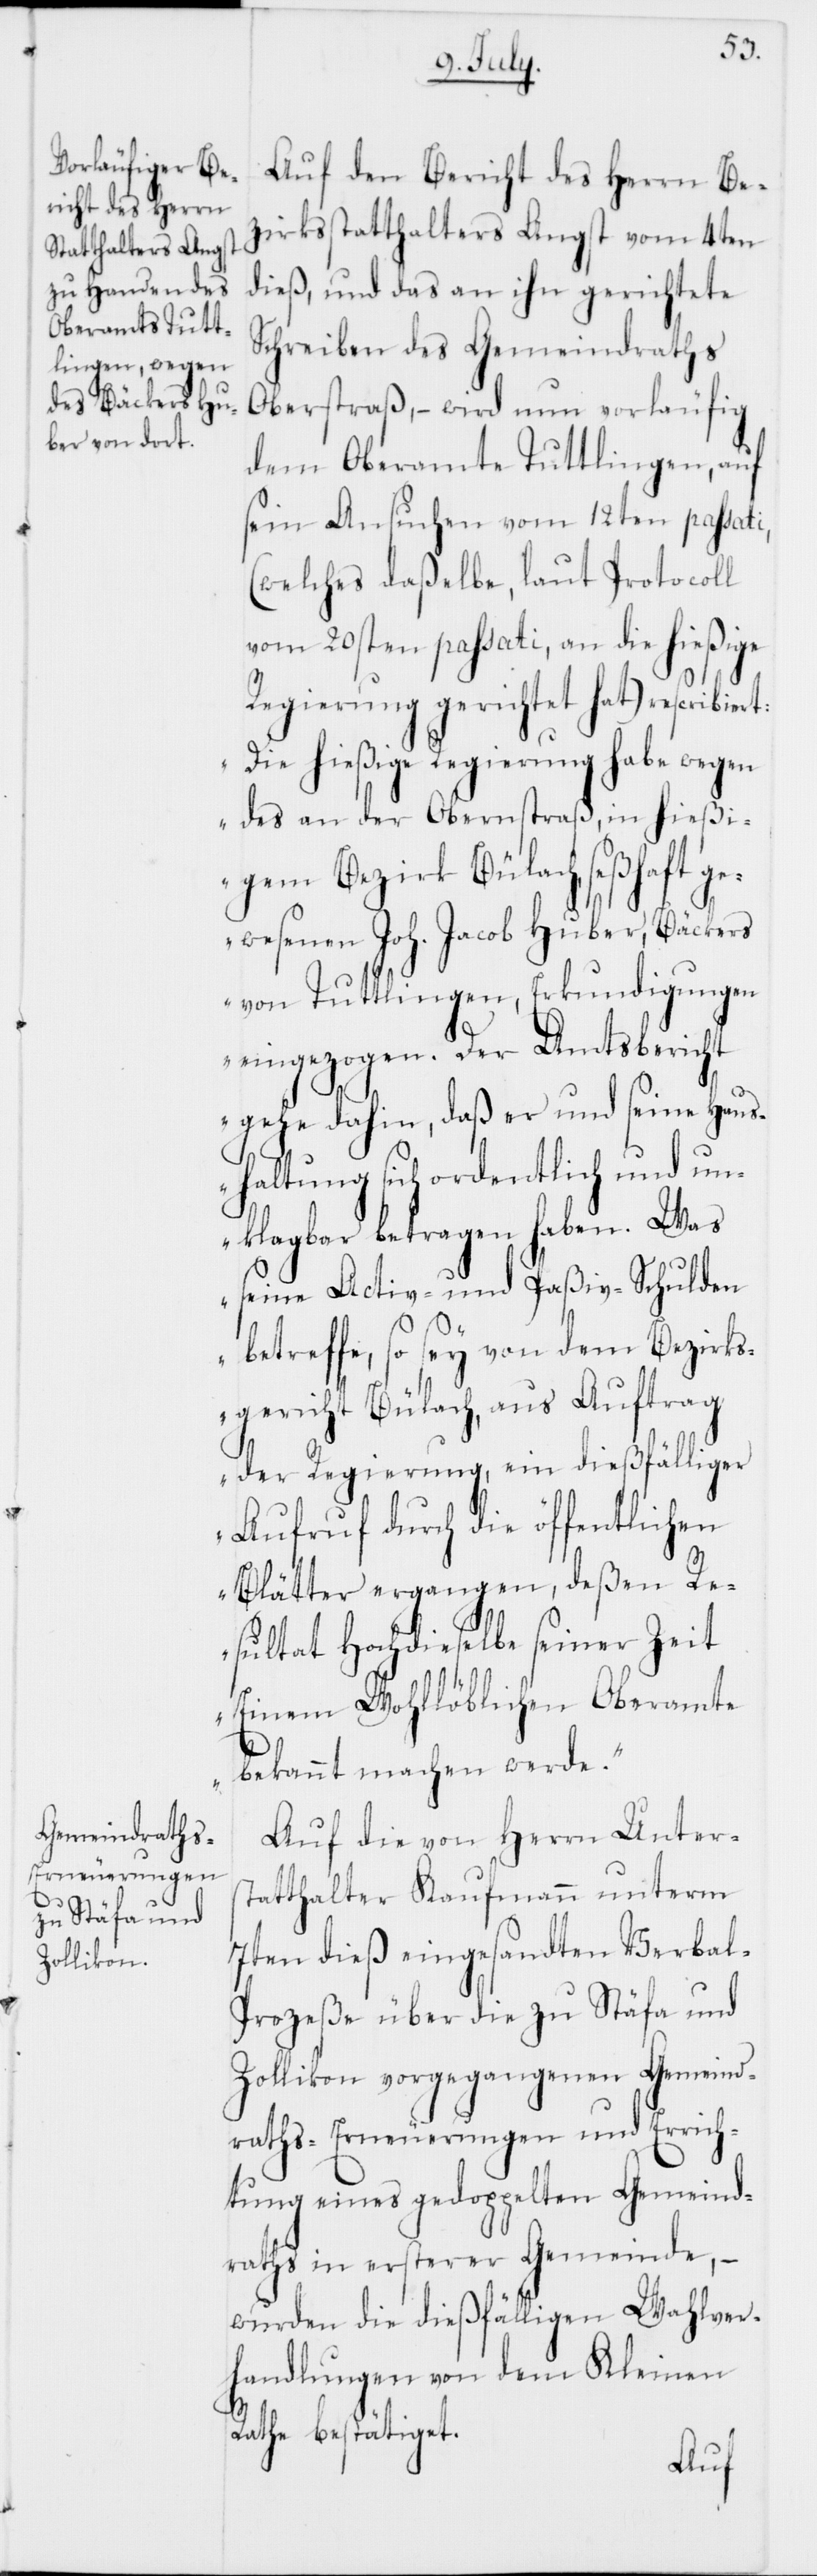
Auf den Bericht des Herrn Be¬
zirksstatthalters Angst vom 4ten
dieß, und das an ihn gerichtete
Schreiben des Gemeindraths
Oberstraß, – wird nun vorläufig
dem Oberamte Tuttlingen, auf
sein Ansuchen vom 12ten passati,
(welches daßelbe, laut Protocoll
vom 20sten passati, an die hießige
Regierung gerichtet hat) rescribiert:
„Die hießige Regierung habe wegen
des an der Obernstraß, in hießi¬
gem Bezirk Bülach, seßhaft ge¬
wesenen Joh. Jacob Huber, Bäckers
von Tuttlingen, Erkundigungen
eingezogen. Der Amtsbericht
gehe dahin, daß er und seine Haus¬
haltung sich ordentlich und un¬
klagbar betragen haben. Was
seine Activ- und Paßiv-Schulden
betreffe, so sey von dem Bezirks¬
gericht Bülach, aus Auftrag
der Regierung, ein dießfälliger
Aufruf durch die öffentlichen
Blätter ergangen, deßen Re¬
sultat Hochdieselbe seiner Zeit
Einem Wohllöblichen Oberamte
bekannt machen werde.“
Auf die von Herrn Unter¬
statthalter Kaufmann unterm
7ten dieß eingesandten Verbal-P¬
rozeße über die zu Stäfa und
Zollikon vorgegangenen Gemeind¬
raths-Erneuerungen und Errich¬
tung eines gedoppelten Gemeind¬
raths in ersterer Gemeinde, –
wurden die dießfälligen Wahlver¬
handlungen von dem Kleinen
Rathe bestätiget.